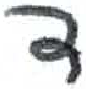
אות: ד